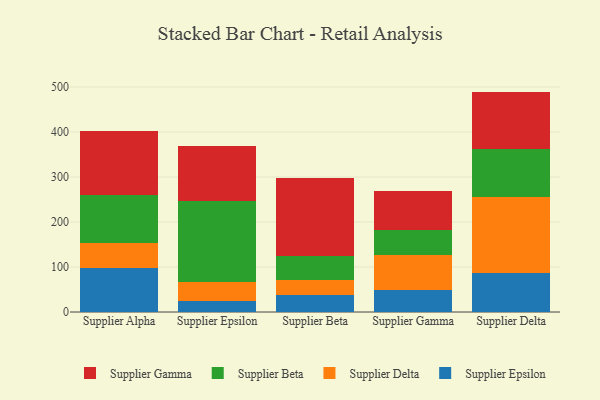
{"axis": {"x": "Supplier", "y": "LTV (USD)"}, "legend": ["Supplier Beta", "Supplier Delta", "Supplier Epsilon", "Supplier Gamma"], "data": [{"x": "Supplier Alpha", "y": 97.9, "type": "Supplier Epsilon"}, {"x": "Supplier Alpha", "y": 54.7, "type": "Supplier Delta"}, {"x": "Supplier Alpha", "y": 106.4, "type": "Supplier Beta"}, {"x": "Supplier Alpha", "y": 143.6, "type": "Supplier Gamma"}, {"x": "Supplier Epsilon", "y": 23.7, "type": "Supplier Epsilon"}, {"x": "Supplier Epsilon", "y": 43.3, "type": "Supplier Delta"}, {"x": "Supplier Epsilon", "y": 179.1, "type": "Supplier Beta"}, {"x": "Supplier Epsilon", "y": 123.5, "type": "Supplier Gamma"}, {"x": "Supplier Beta", "y": 38.6, "type": "Supplier Epsilon"}, {"x": "Supplier Beta", "y": 32.6, "type": "Supplier Delta"}, {"x": "Supplier Beta", "y": 52.4, "type": "Supplier Beta"}, {"x": "Supplier Beta", "y": 174.7, "type": "Supplier Gamma"}, {"x": "Supplier Gamma", "y": 49.7, "type": "Supplier Epsilon"}, {"x": "Supplier Gamma", "y": 76.7, "type": "Supplier Delta"}, {"x": "Supplier Gamma", "y": 56.4, "type": "Supplier Beta"}, {"x": "Supplier Gamma", "y": 86.0, "type": "Supplier Gamma"}, {"x": "Supplier Delta", "y": 87.3, "type": "Supplier Epsilon"}, {"x": "Supplier Delta", "y": 167.6, "type": "Supplier Delta"}, {"x": "Supplier Delta", "y": 107.5, "type": "Supplier Beta"}, {"x": "Supplier Delta", "y": 127.5, "type": "Supplier Gamma"}]}